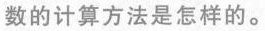
数的计算方法是怎样的。